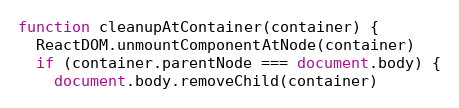
Language: JavaScript
function cleanupAtContainer(container) {
  ReactDOM.unmountComponentAtNode(container)
  if (container.parentNode === document.body) {
    document.body.removeChild(container)